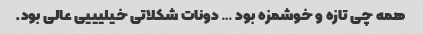
همه چی تازه و خوشمزه بود … دونات شکلاتی خیلیییی عالی بود.